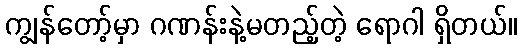
ကျွန်တော့်မှာ ဂဏန်းနဲ့မတည့်တဲ့ ရောဂါ ရှိတယ်။